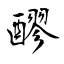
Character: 醪